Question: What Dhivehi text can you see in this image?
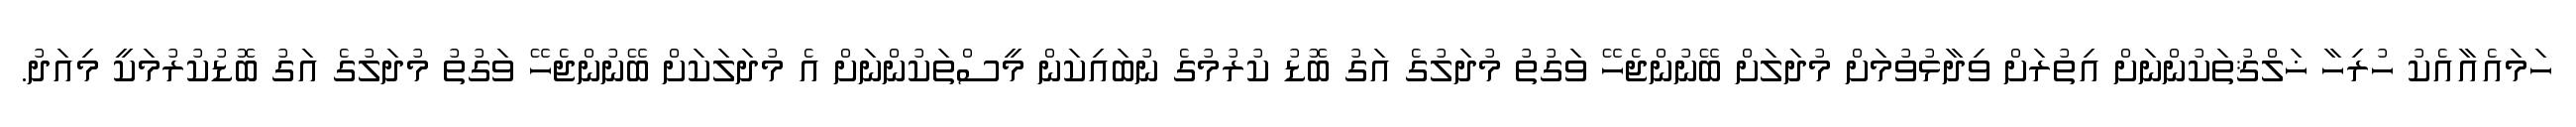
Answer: ހަމައެއާއެކު ހުރިހާ ޚަލްޤުތަކުންނަށް އިތުރަށް ވިދާޅުވުމަށް މުދަލަށް ބޭނުންޖެހޭ ވަގުތު މުދަލުގެ އަގު ބޮޑު ކުރުމުގެ ނުބައިކަން މީސްތަކުންނަށް އެ މުދަލަކަށް ބޭނުންޖެހޭ ވަގުތު މުދަލުގެ އަގު ބޮޑުކުރުމަކީ މިއަދު.